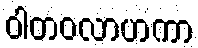
ဝါတဝလာဟကာ